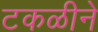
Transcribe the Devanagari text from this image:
टकळीने